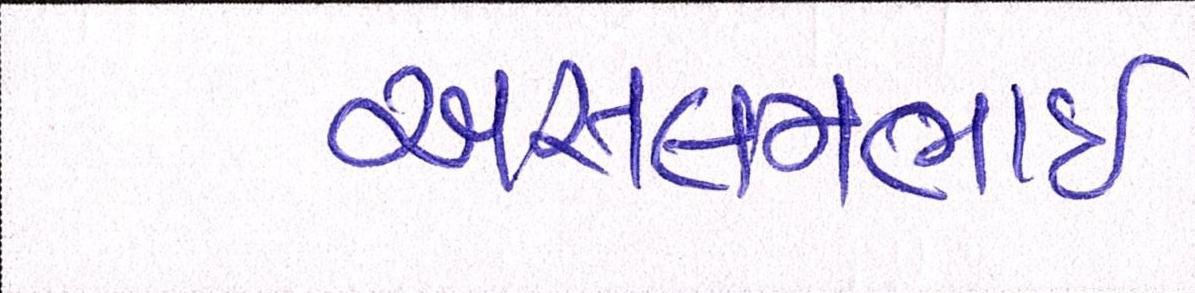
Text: અસલમભાઈ